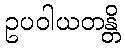
ဥပဝါယတန္တိ